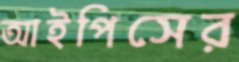
আইপিসের